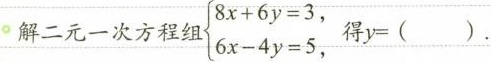
°解二元一次方程组$$ \left \{ \begin{matrix} 8 x + 6 y =3 , \\ 6 x - 4 y = 5 ， \\ \end{matrix} \right $$得y=（）.